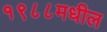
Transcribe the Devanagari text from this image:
१९८८मधील